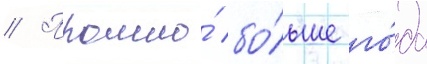
// Прошло́ бо́льше го́да